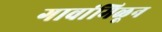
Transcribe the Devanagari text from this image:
गावांमिळून